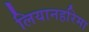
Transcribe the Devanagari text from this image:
लियानहरिमा